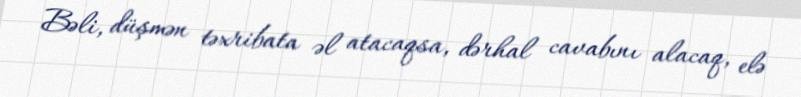
Bəli, düşmən təxribata əl atacaqsa, dərhal cavabını alacaq, elə